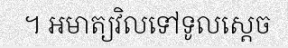
។ អមាត្យវិលទៅទូលស្តេច